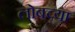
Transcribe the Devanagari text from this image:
लोबच्या